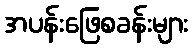
အပန်းဖြေစခန်းများ